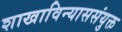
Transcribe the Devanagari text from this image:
शाखाविन्याससंयुक्त